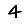
Digit: 4